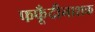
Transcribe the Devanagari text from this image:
फफूँदीनाशक